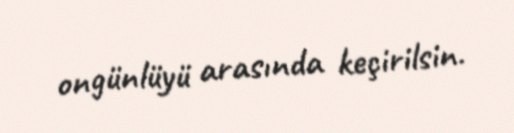
ongünlüyü arasında keçirilsin.